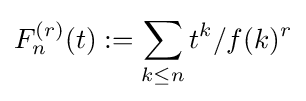
F_{n}^{(r)}(t):=\sum _{k\leq n}t^{k}/f(k)^{r}